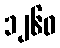
၁၂၆၀